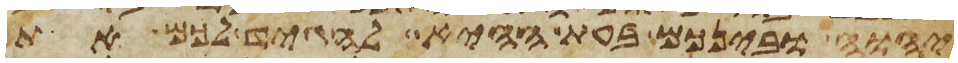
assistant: יהוה ובינכם בעת ההיא להגיד לכם את